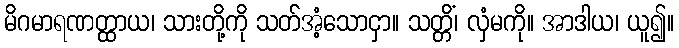
မိဂမာရဏတ္ထာယ၊ သားတို့ကို သတ်အံ့သောငှာ။ သတ္တိံ၊ လှံမကို။ အာဒါယ၊ ယူ၍။